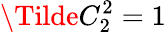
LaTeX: \Tilde{C}_{2}^{2}=1